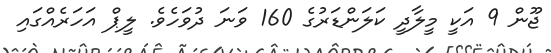
ޖޫން 9 އަކީ މީލާދީ ކަލަންޑަރުގެ 160 ވަނަ ދުވަހެވެ. ލީޕް އަހަރެއްގައި